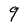
Character: q